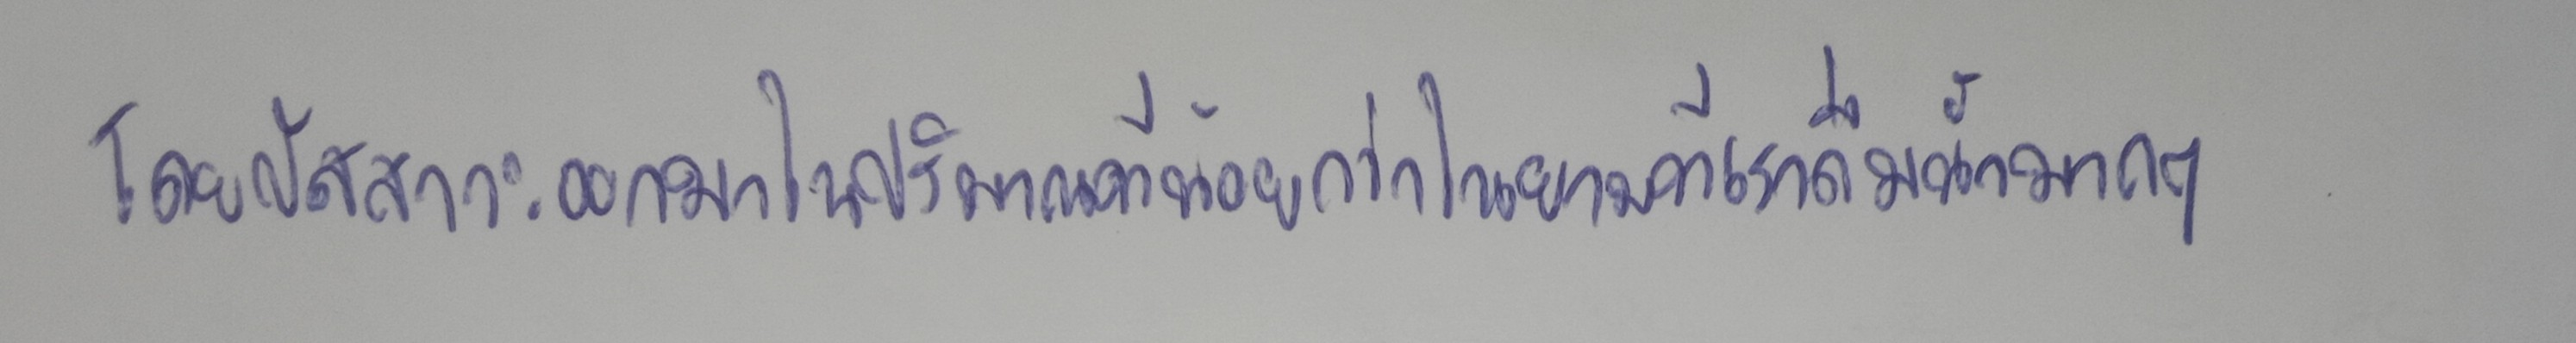
โดยปัสสาวะออกมาในปริมาณที่น้อยกว่าในยามที่เราดื่มน้ำมากๆ